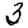
Digit: 3